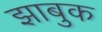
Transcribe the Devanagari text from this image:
झाबुक